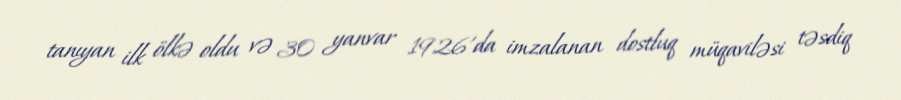
tanıyan ilk ölkə oldu və 30 yanvar 1926'da imzalanan dostluq müqaviləsi təsdiq